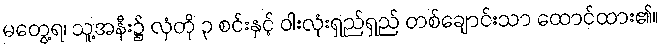
မတွေ့ရ၊ သူ့အနီး၌ လှံတို ၃ စင်းနှင့် ဝါးလုံးရှည်ရှည် တစ်ချောင်းသာ ထောင်ထား၏။